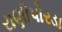
રાણીપોરડા